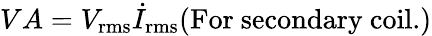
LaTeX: VA=V_{\mathrm{rms}}{\dot{I}}_{\mathrm{rms}}(\mathrm{For\ secondary\ coil.})